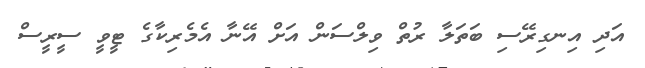
އަދި އިނގިރޭސި ބަތަލާ ރުތް ވިލްސަން އަށް އޭނާ އެމެރިކާގެ ޓީވީ ސީރީސް